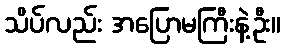
သိပ်လည်း အပြောမကြီးနဲ့ဦး။